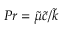
P r = \tilde { \mu } \tilde { c } / \tilde { k }